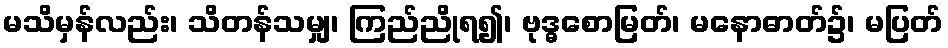
မသိမှန်လည်း၊ သိတန်သမျှ၊ ကြည်ညိုရ၍၊ ဗုဒ္ဓစောမြတ်၊ မနောဓာတ်၌၊ မပြတ်